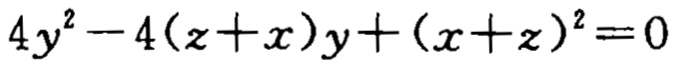
\(4y^{2}-4(z + x)y+(x + z)^{2}=0\)